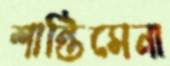
শান্তিসেনা